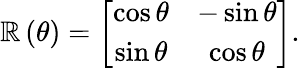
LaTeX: \mathbb{R}\left(\theta\right)=\left[\begin{array}{cc}{\cos\theta}&{-\sin\theta}\\ {\sin\theta}&{\cos\theta}\end{array}\right].